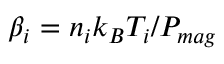
\beta _ { i } = n _ { i } k _ { B } T _ { i } / P _ { m a g }